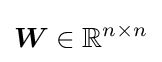
{\boldsymbol {W}}\in \mathbb {R} ^{n\times n}